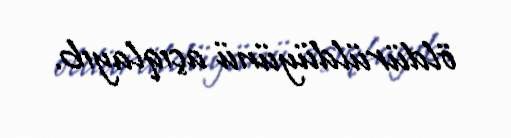
öldürüldüyünü açıqlayıb.